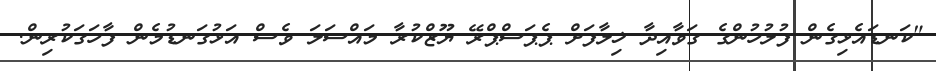
"ކަނޑައެޅިގެން ފުލުހުންގެ ގަވާއިދާ ޚިލާފަށް ޕެޕަސްޕްރޭ ޔޫޒްކުރާ މައްސަލަ ވެސް އަޅުގަނޑުމެން ފާހަގަކުރިން.